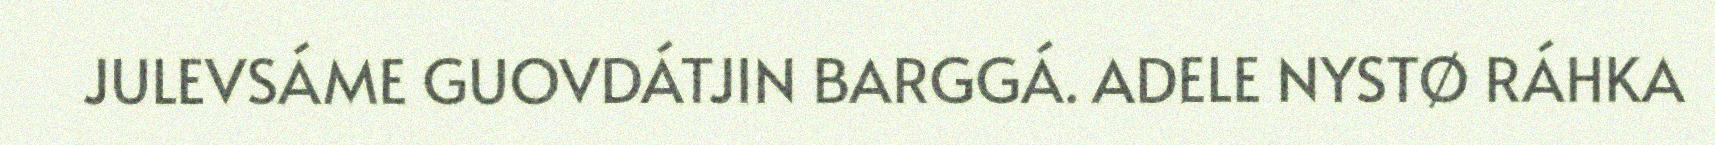
JULEVSÁME GUOVDÁTJIN BARGGÁ. ADELE NYSTØ RÁHKA